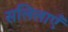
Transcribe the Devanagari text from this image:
सलिलाएँ